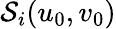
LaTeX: \mathcal{S}_{i}(u_{0},v_{0})